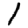
Digit: 1